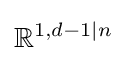
\mathbb {R} ^{1,d-1|n}